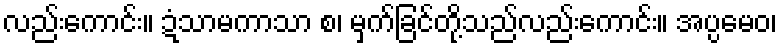
လည်းကောင်း။ ဍံသာမကာသာ စ၊ မှက်ခြင်တို့သည်လည်းကောင်း။ အပ္ပမေဝ၊